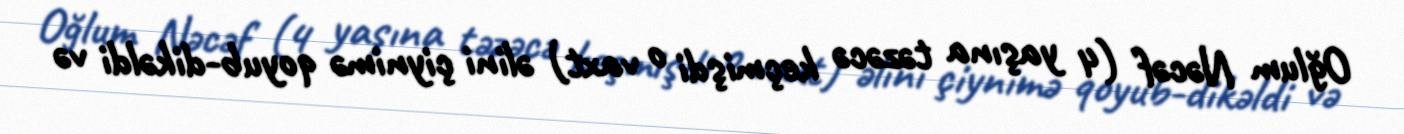
Oğlum Nəcəf (4 yaşına təzəcə keçmişdi o vaxt) əlini çiynimə qoyub-dikəldi və